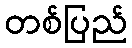
တစ်ပြည်